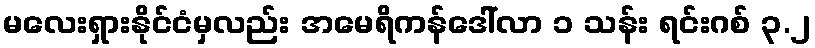
မလေးရှားနိုင်ငံမှလည်း အမေရိကန်ဒေါ်လာ ၁ သန်း ရင်းဂစ် ၃.၂